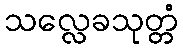
သလ္လေခသုတ္တံ